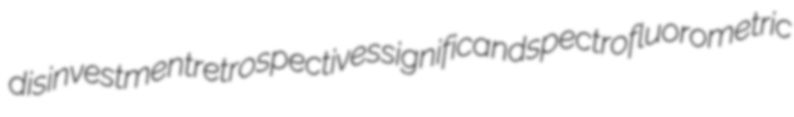
disinvestment retrospectives significand spectrofluorometric